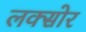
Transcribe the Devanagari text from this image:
लक्सोर